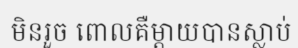
មិនរួច ពោលគឺម្តាយបានស្លាប់